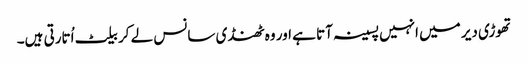
تھوڑی دیر میں انہیں پسینہ آتا ہے اور وہ ٹھنڈی سانس لے کر بیلٹ اُتارتی ہیں۔